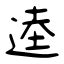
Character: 逵